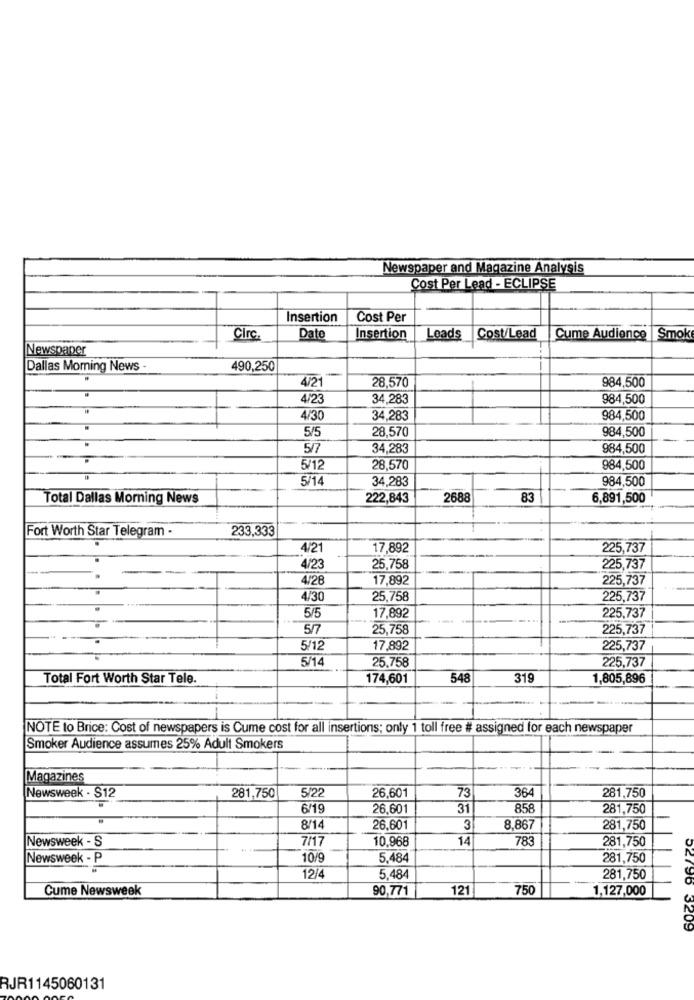
Newspaper and Magazine Analysis
Cost Per Lead - ECLIPSE
Insertion
Cost Per
Circ.
Dato
Insertion
Leads
Cost/Lead |Cume Audience | Smok
Newspaper
Dallas Morning News
490,250
4/21
984,500
28,570
4/23
34,283
984,500
4/30
34,283
984,500
5/5
28,570
984,500
5/7
34,283
984,500
5/12
28,570
984,500
5/14
34,283
984,500
Total Dallas Morning News
222,843
2688
83
6,891,500
Fort Worth Star Telegram .
233,333
4/21
17,892
225,737
4/23
25,758
225,737
4/28
17,892
225,737
4/30
25,758
225,737
5/5
17,892
225,737
5/7
25,758
225,737
5/12
17,892
225,737
5/14
25,758
225,737
Total Fort Worth Star Tele.
174,601
548
319
1,805,896
NOTE to Brice: Cost of newspapers is Cume cost for all insertions; only 1 toll free # assigned for each newspaper
Smoker Audience assumes 25% Adult Smokers
Magazines
5/22
73
364
281,750
Newsweek . S12
281,750
26,601
6/19
26.601
31
858
281,750
8/14
26,601
3
8,867
281,750
Newsweek - S
7/17
10,968
14
783
281,750
Newsweek - P
10/9
5.484
281,750
12/4
5,484
281,750
Cume Newsweek
90,771
121
750
1,127,000
02796 3209
RJR1145060131